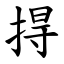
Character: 㧹